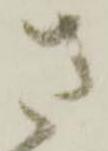
さ